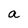
Character: a